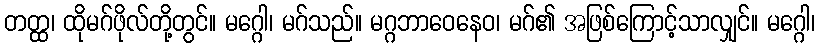
တတ္ထ၊ ထိုမဂ်ဖိုလ်တို့တွင်။ မဂ္ဂေါ၊ မဂ်သည်။ မဂ္ဂဘာဝေနေဝ၊ မဂ်၏ အဖြစ်ကြောင့်သာလျှင်။ မဂ္ဂေါ၊